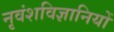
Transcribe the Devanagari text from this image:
नृवंशविज्ञानियों